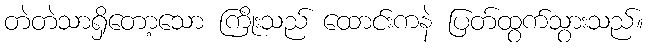
တဲတဲသာရှိတော့သော ကြိုးသည် ထောင်းကနဲ ပြတ်ထွက်သွားသည်။